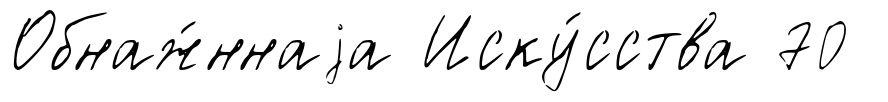
Обнаж́ннаjа Иску́сства 70